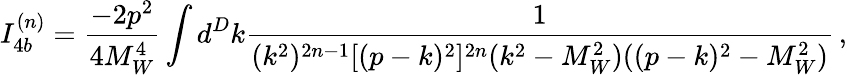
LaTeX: I_{4b}^{(n)}=\frac{-2p^{2}}{4M_{W}^{4}}\int d^{D}k\frac{1}{(k^{2})^{2n-1}[(p-k)^{2}]^{2n}(k^{2}-M_{W}^{2})((p-k)^{2}-M_{W}^{2})}\, ,